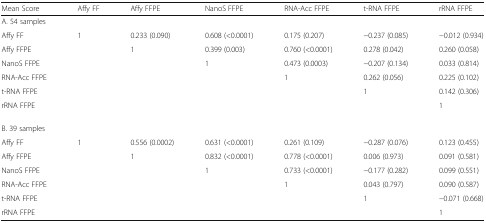
<table><thead><tr><td><b>Mean Score</b></td><td><b>Affy FF</b></td><td><b>Affy FFPE</b></td><td><b>NanoS FFPE</b></td><td><b>RNA-Acc FFPE</b></td><td><b>t-RNA FFPE</b></td><td><b>rRNA FFPE</b></td></tr></thead><tbody><tr><td colspan="7">A. 54 samples</td></tr><tr><td>Affy FF</td><td>1</td><td>0.233 (0.090)</td><td>0.608 (&lt;0.0001)</td><td>0.175 (0.207)</td><td>−0.237 (0.085)</td><td>−0.012 (0.934)</td></tr><tr><td>Affy FFPE</td><td></td><td>1</td><td>0.399 (0.003)</td><td>0.760 (&lt;0.0001)</td><td>0.278 (0.042)</td><td>0.260 (0.058)</td></tr><tr><td>NanoS FFPE</td><td></td><td></td><td>1</td><td>0.473 (0.0003)</td><td>−0.207 (0.134)</td><td>0.033 (0.814)</td></tr><tr><td>RNA-Acc FFPE</td><td></td><td></td><td></td><td>1</td><td>0.262 (0.056)</td><td>0.225 (0.102)</td></tr><tr><td>t-RNA FFPE</td><td></td><td></td><td></td><td></td><td>1</td><td>0.142 (0.306)</td></tr><tr><td>rRNA FFPE</td><td></td><td></td><td></td><td></td><td></td><td>1</td></tr><tr><td colspan="7">B. 39 samples</td></tr><tr><td>Affy FF</td><td>1</td><td>0.556 (0.0002)</td><td>0.631 (&lt;0.0001)</td><td>0.261 (0.109)</td><td>−0.287 (0.076)</td><td>0.123 (0.455)</td></tr><tr><td>Affy FFPE</td><td></td><td>1</td><td>0.832 (&lt;0.0001)</td><td>0.778 (&lt;0.0001)</td><td>0.006 (0.973)</td><td>0.091 (0.581)</td></tr><tr><td>NanoS FFPE</td><td></td><td></td><td>1</td><td>0.733 (&lt;0.0001)</td><td>−0.177 (0.282)</td><td>0.099 (0.551)</td></tr><tr><td>RNA-Acc FFPE</td><td></td><td></td><td></td><td>1</td><td>0.043 (0.797)</td><td>0.090 (0.587)</td></tr><tr><td>t-RNA FFPE</td><td></td><td></td><td></td><td></td><td>1</td><td>−0.071 (0.668)</td></tr><tr><td>rRNA FFPE</td><td></td><td></td><td></td><td></td><td></td><td>1</td></tr></tbody></table>